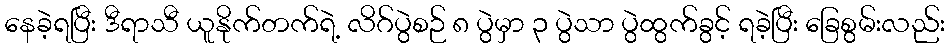
နေခဲ့ရပြီး ဒီရာသီ ယူနိုက်တက်ရဲ့ လိဂ်ပွဲစဉ် ၈ ပွဲမှာ ၃ ပွဲသာ ပွဲထွက်ခွင့် ရခဲ့ပြီး ခြေစွမ်းလည်း